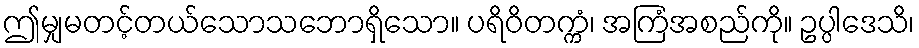
ဤမျှမတင့်တယ်သောသဘောရှိသော။ ပရိဝိတက္ကံ၊ အကြံအစည်ကို။ ဥပ္ပါဒေသိ၊